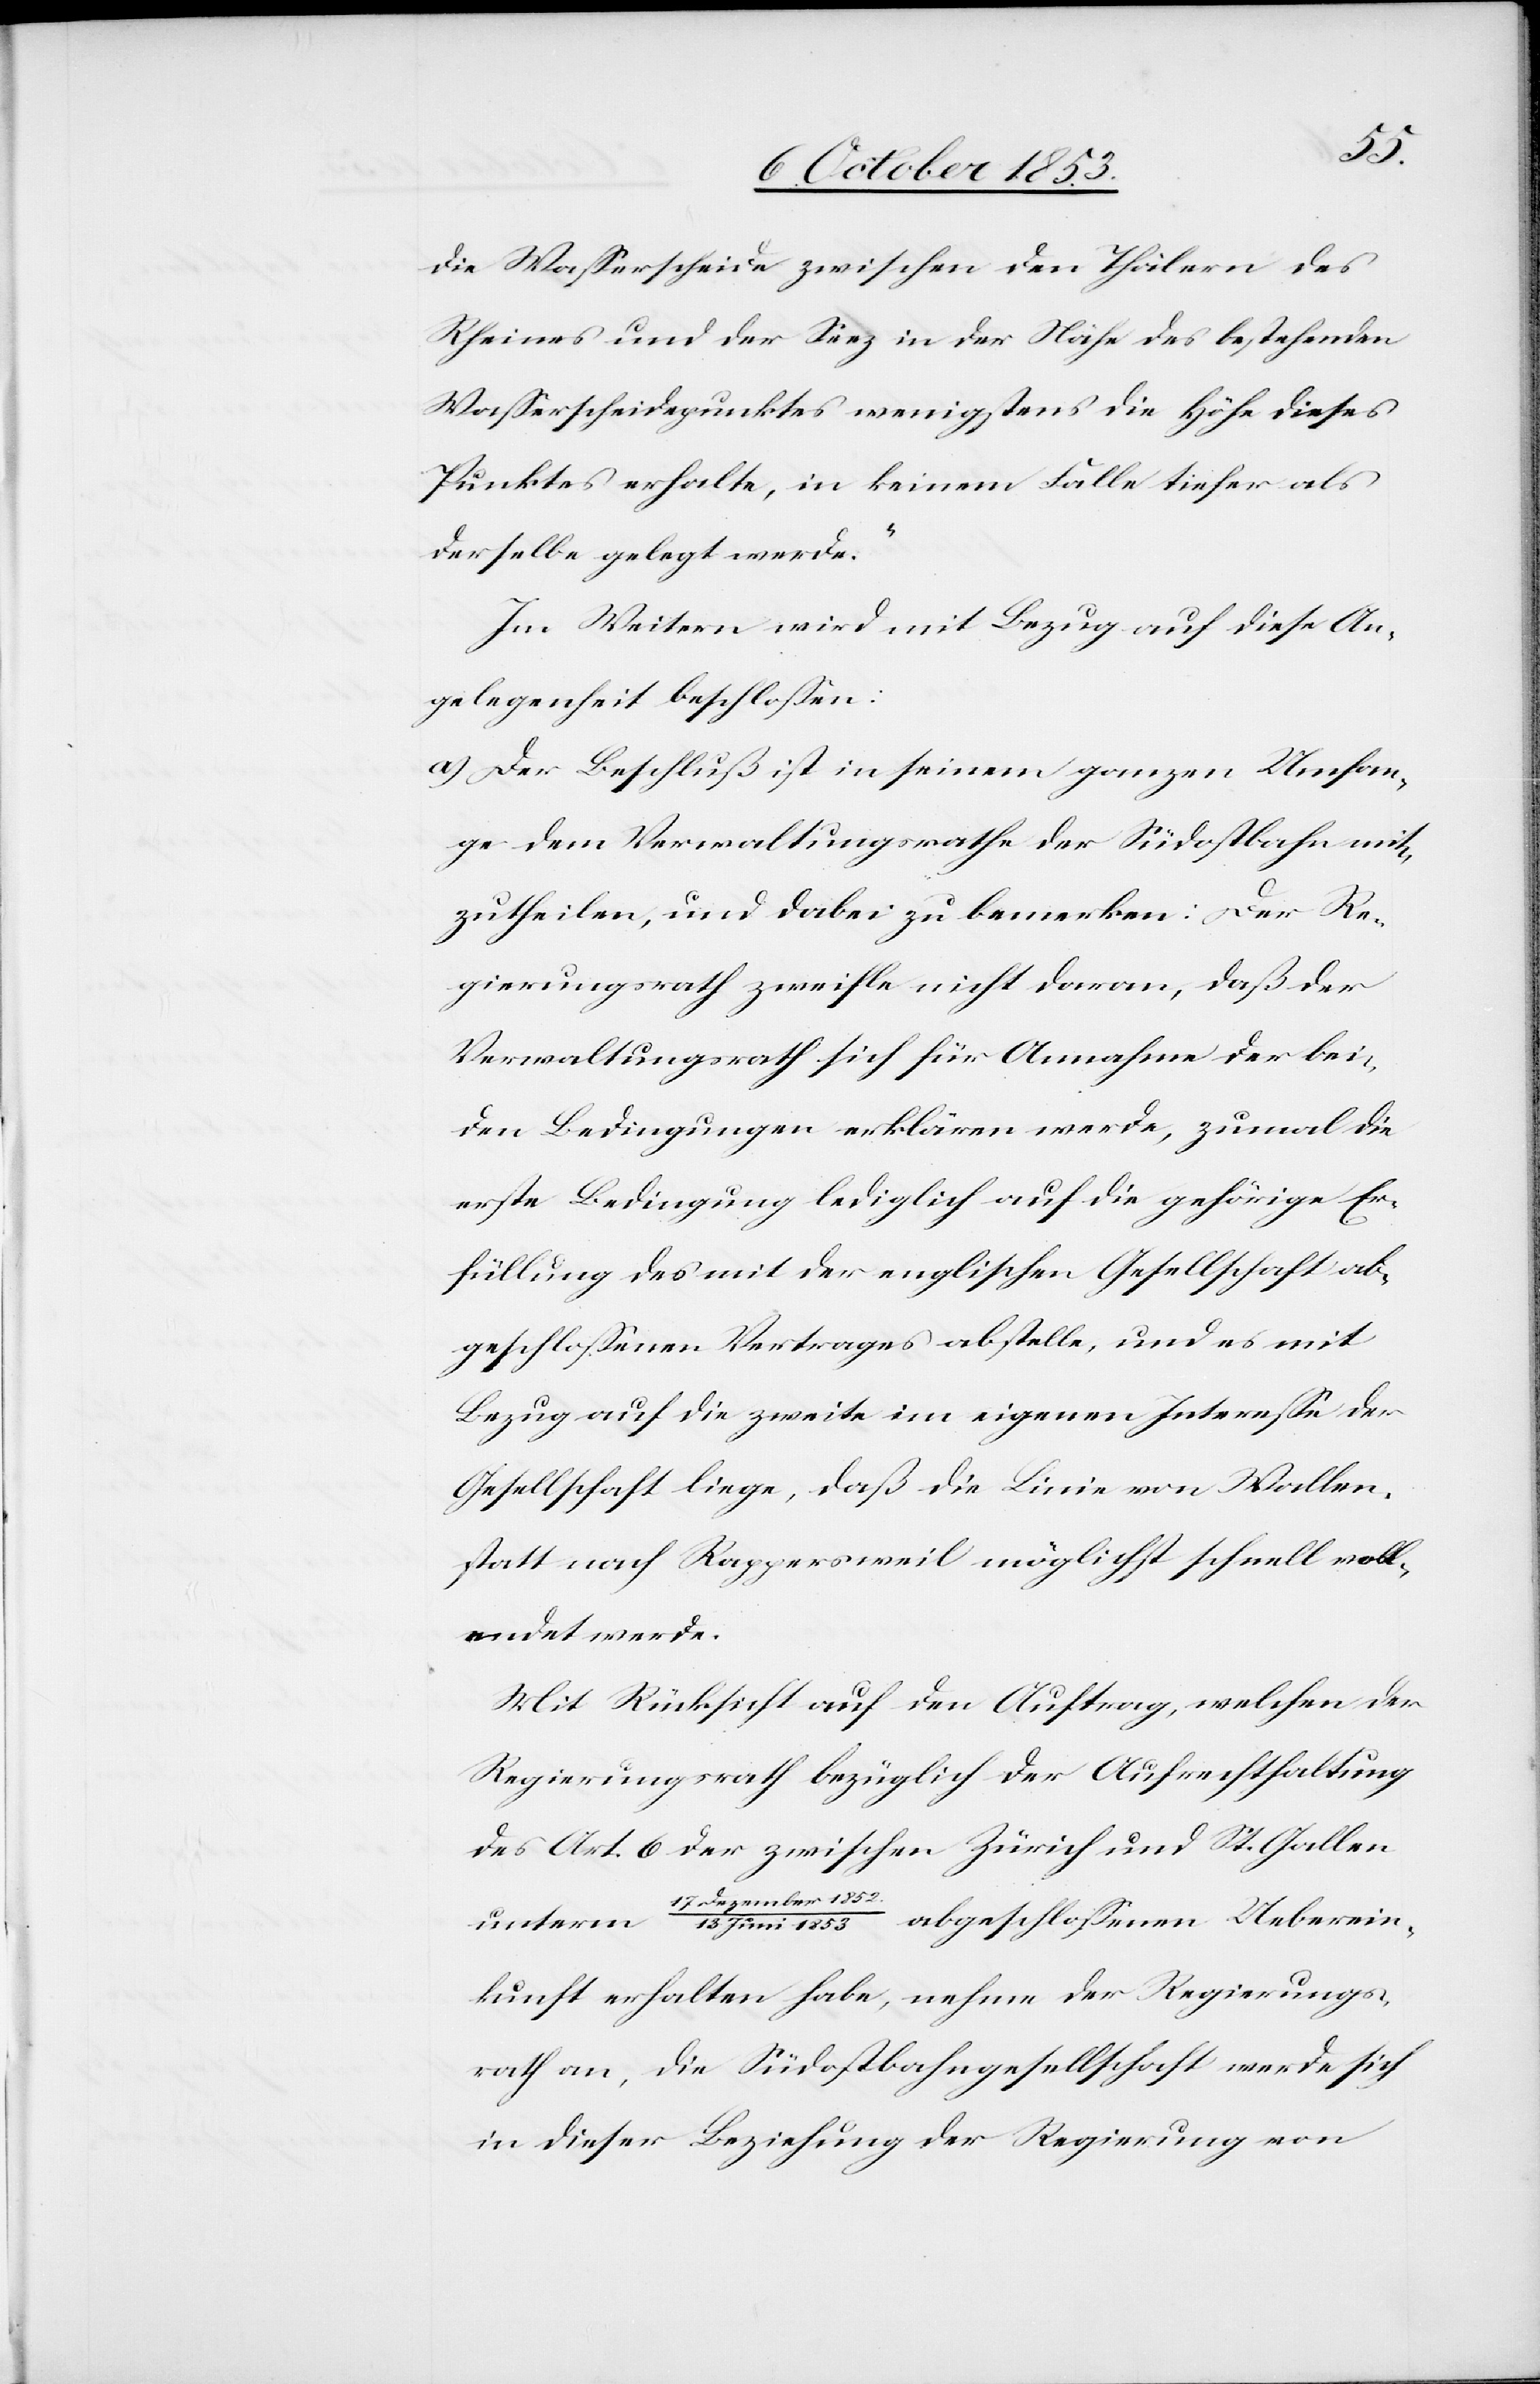
die Waßerscheide zwischen den Thälern des
Rheines und der Seez in der Nähe des bestehenden
Waßerscheidepunktes wenigstens die Höhe dieses
Punktes erhalte, in keinem Falle tiefer als
derselbe gelegt werde.“
Im Weitern wird mit Bezug auf diese An¬
gelegenheit beschloßen:
a) Der Beschluß ist in seinem ganzen Umfan¬
ge dem Verwaltungsrathe der Südostbahn mit¬
zutheilen, und dabei zu bemerken: Der Re¬
gierungsrath zweifle nicht daran, daß der
Verwaltungsrath sich für Annahme der bei¬
den Bedingungen erklären werde, zumal die
erste Bedingung lediglich auf die gehörige Er¬
füllung des mit der englischen Gesellschaft ab¬
geschloßenen Vertrages abstelle, und es mit
Bezug auf die zweite im eigenen Intereße der
Gesellschaft liege, daß die Linie von Wallen¬
statt nach Rappersweil möglichst schnell voll¬
endet werde.
Mit Rücksicht auf den Auftrag, welchen der
Regierungsrath bezüglich der Aufrechthaltung
des Art. 6 der zwischen Zürich und St. Gallen
Ueberein¬
kunft erhalten habe, nehme der Regierungs¬
rath an, die Südostbahngesellschaft werde sich
in dieser Beziehung der Regierung von